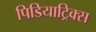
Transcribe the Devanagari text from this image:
पिडियाट्रिक्स